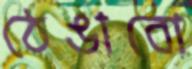
ঠেঙাবো